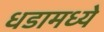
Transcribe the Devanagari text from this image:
धडामध्ये